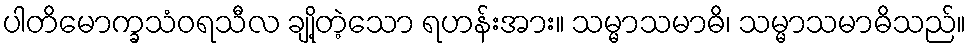
ပါတိမောက္ခသံဝရသီလ ချို့တဲ့သော ရဟန်းအား။ သမ္မာသမာဓိ၊ သမ္မာသမာဓိသည်။